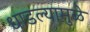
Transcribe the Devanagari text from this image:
धाडल्यामुळे